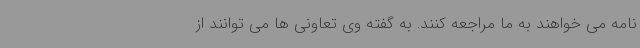
نامه می خواهند به ما مراجعه کنند. به گفته وی تعاونی ها می توانند از